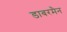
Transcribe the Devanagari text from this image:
डाबरमैन